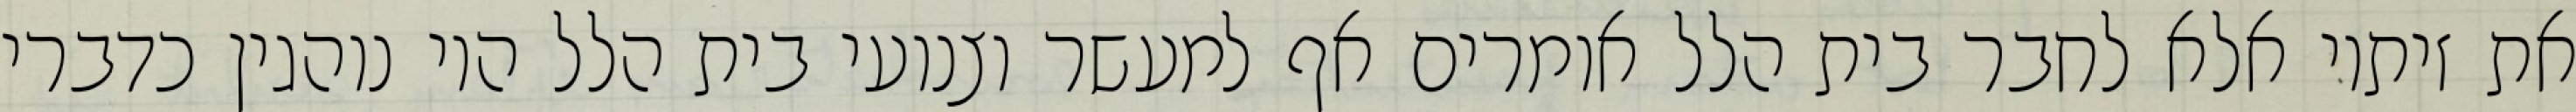
את זיתיו אלא לחבר בית הלל אומרים אף למעשר וצנועי בית הלל היו נוהגין כדברי